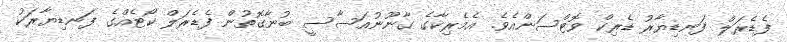
ފެޑެރަލް ފަނޑިޔާރު ޑެރިކް ވޮޓްސަންއެވެ. އެމެރިކާގެ ގާނޫނުއަސާސީ ބުނާގޮތުން ފެޑެރަލް ކޯޓެއްގެ ފަނޑިޔާރަކު